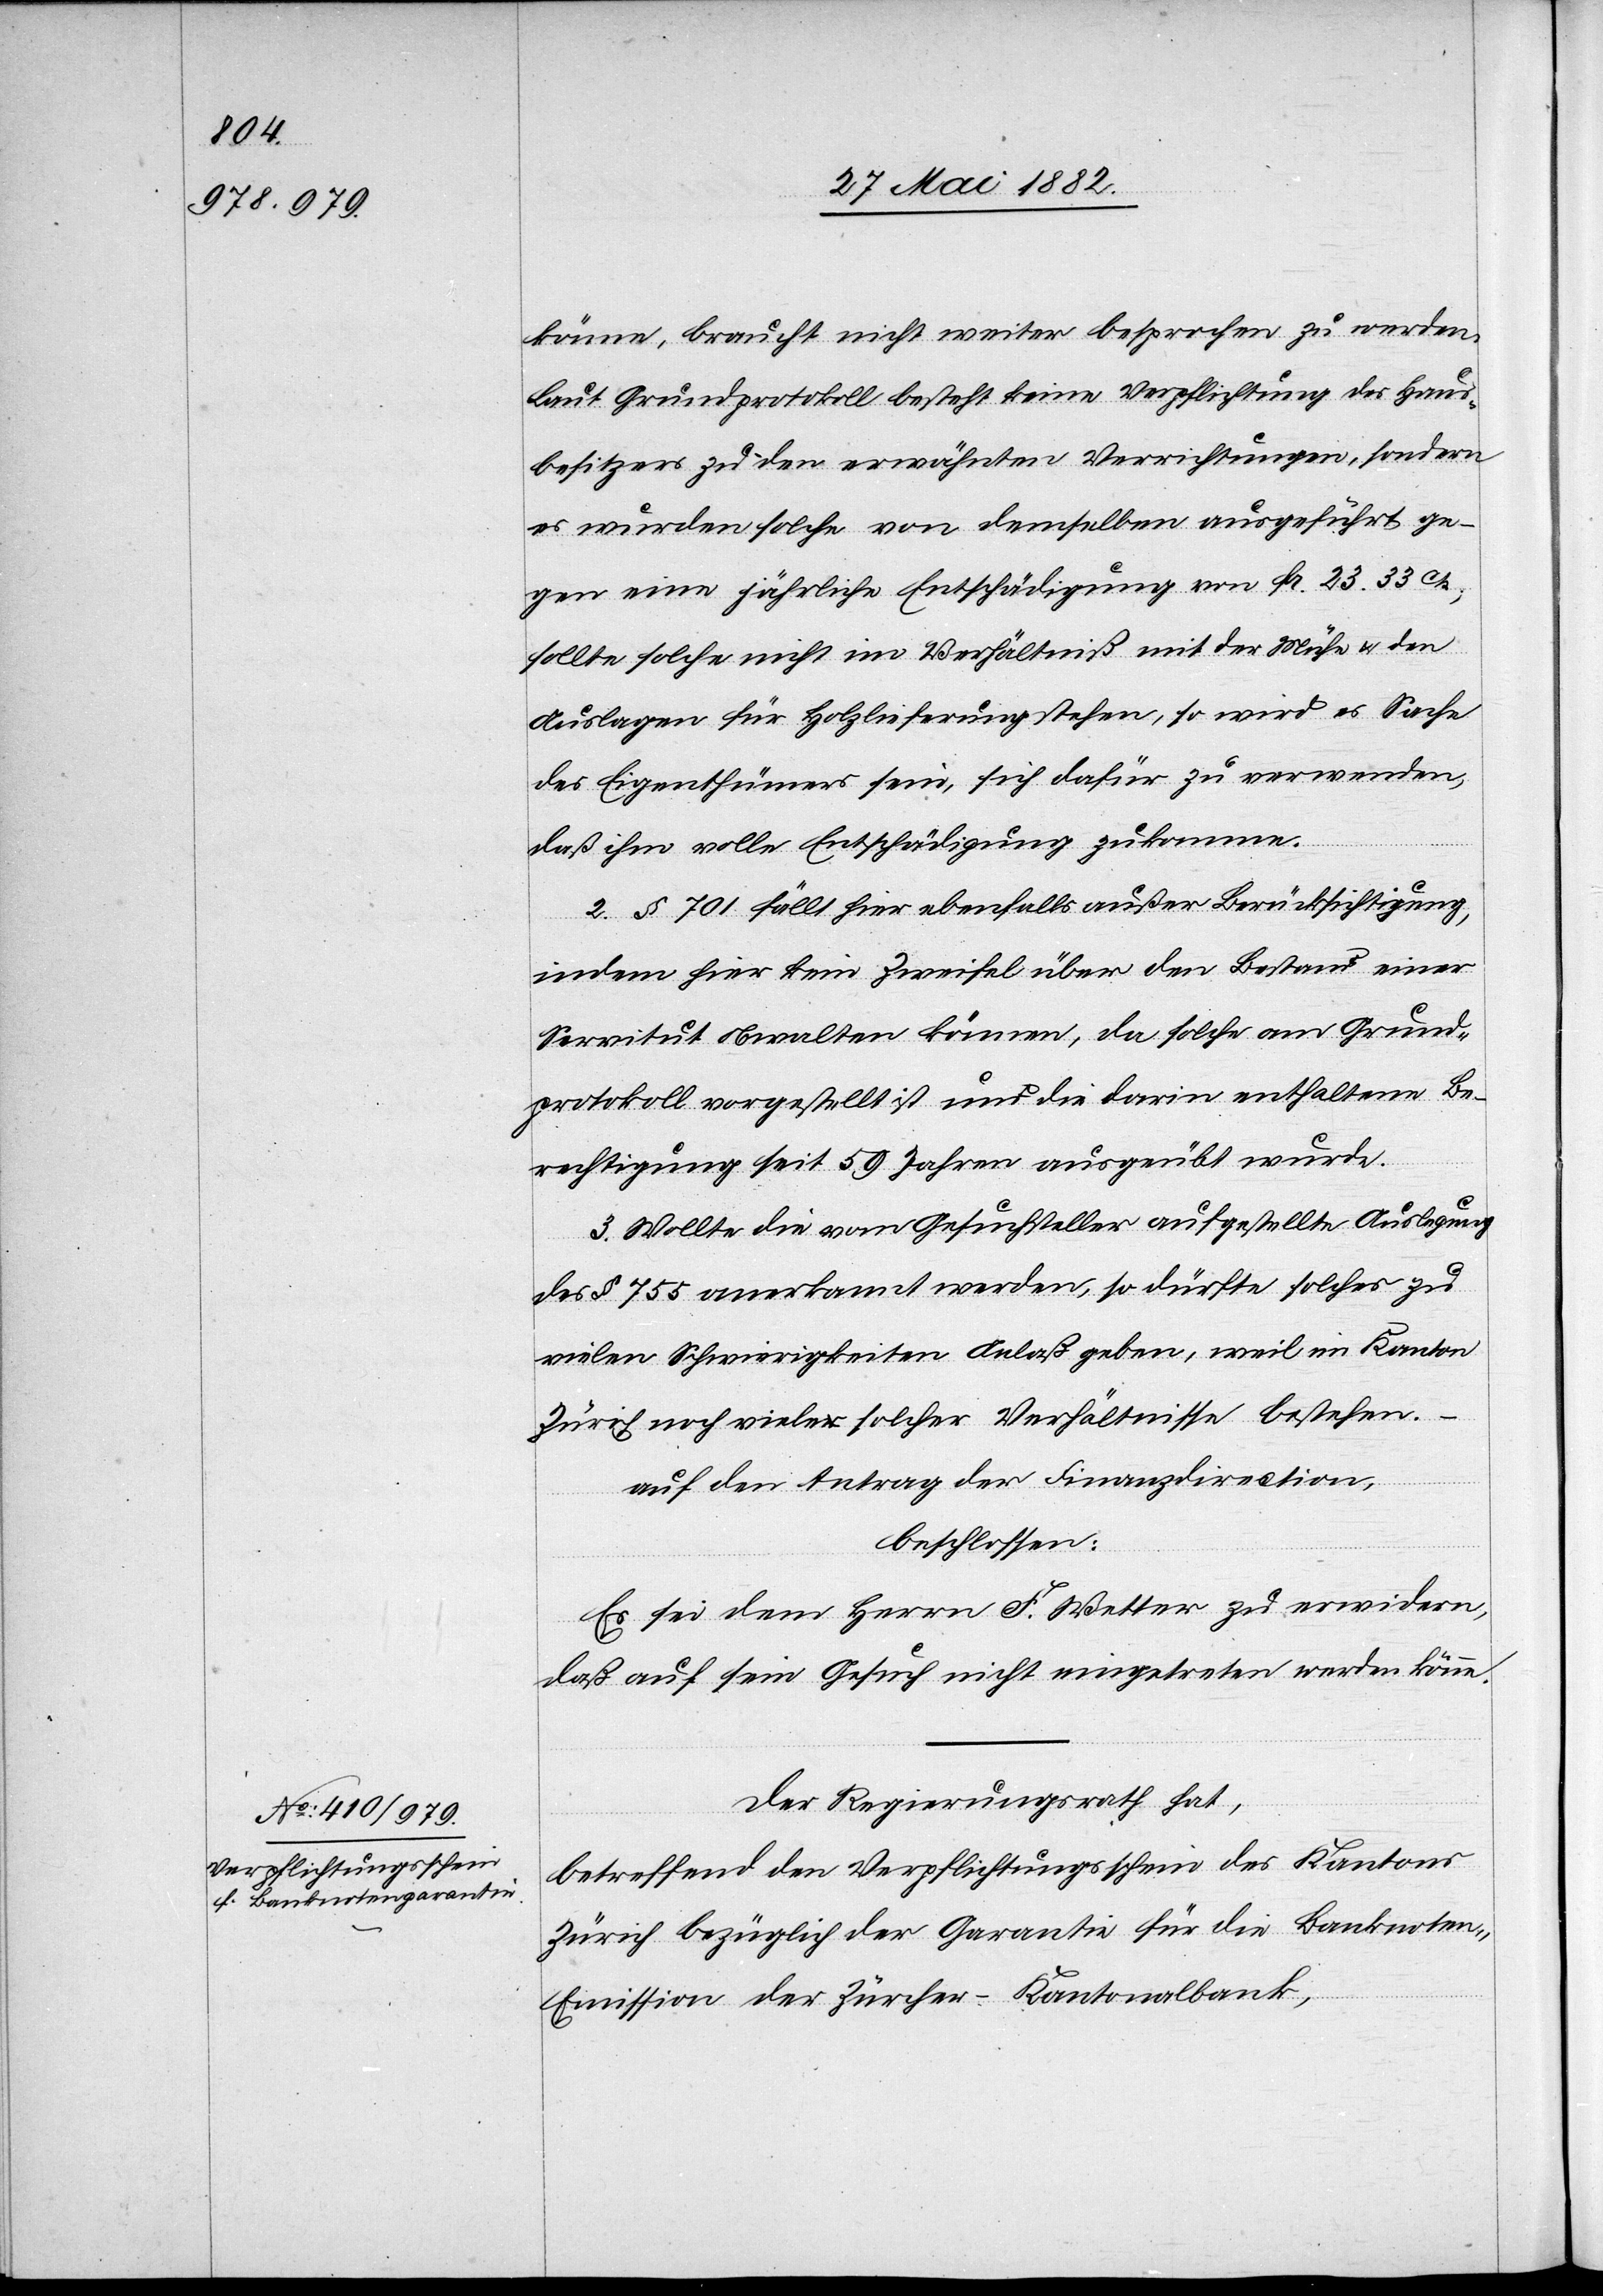
könne, braucht nicht weiter besprochen zu werden.
Laut Grundprotokoll besteht keine Verpflichtung des Haus¬
besitzers zu den erwähnten Verrichtungen, sondern
es wurden solche von demselben ausgeführt ge¬
gen eine jährliche Entschädigung von Fr. 23 33 Cts.,
sollte solche nicht im Verhältniß mit der Mühe & den
Auslagen für Holzlieferung stehen, so wird es Sache
des Eigenthümers sein, sich dafür zu verwenden,
daß ihm volle Entschädigung zukomme.
2. § 701 fällt hier ebenfalls außer Berücksichtigung,
indem hier kein[e] Zweifel über den Bestand einer
Servitut obwalten können, da solche am Grund¬
protokoll vorgestellt ist und die darin enthaltene Be¬
rechtigung seit 59 Jahren ausgeübt wurde.
3. Wollte die vom Gesuchsteller aufgestellte Auslegung
des § 755 anerkannt werden, so dürfte solches zu
vielen Schwierigkeiten Anlaß geben, weil im Kanton
Zürich noch viele solcher Verhältnisse bestehen.
auf den Antrag der Finanzdirection,
beschlossen:
Es sei dem Herrn F. Wetter zu erwidern,
daß auf sein Gesuch nicht eingetreten werden könne.
Der Regierungsrath hat,
betreffend den Verpflichtungsschein des Kantons
Zürich bezüglich der Garantie für die Banknote¬
n-Emission der Zürcher-Kantonalbank,